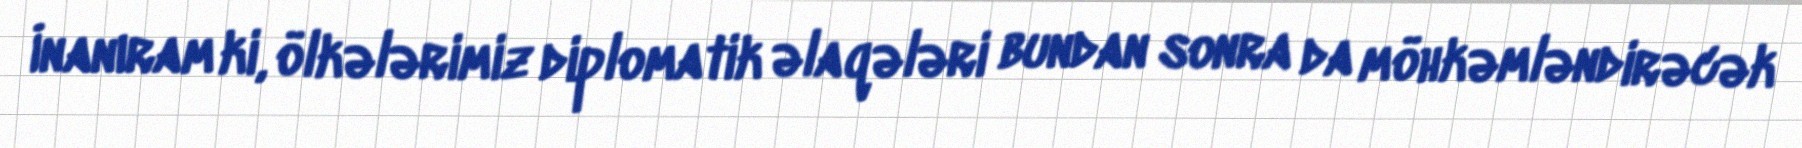
İnanıram ki, ölkələrimiz diplomatik əlaqələri bundan sonra da möhkəmləndirəcək